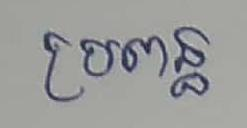
ប្រពន្ធ